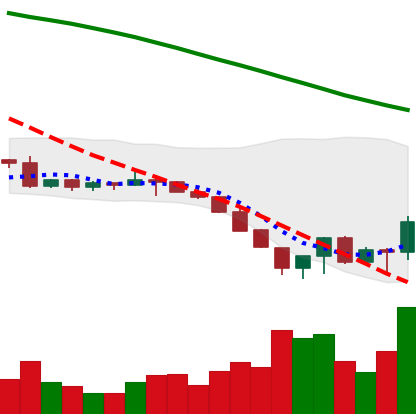
Ticker: LTC-USD
Chart end date: 2022-06-19
Forward return: 3.073%
Label: up_3_5